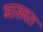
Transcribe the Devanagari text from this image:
भासवत